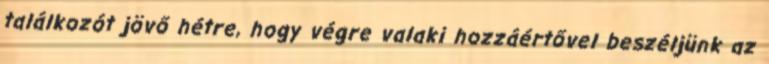
találkozót jövő hétre, hogy végre valaki hozzáértővel beszéljünk az